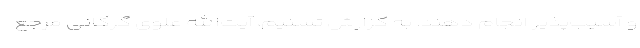
و آسیب‌پذیر انجام دهند. به گزارش تسنیم، آیت‌الله علوی گرگانی مرجع